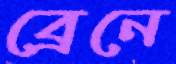
ব্রেনে